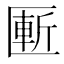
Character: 𰅨